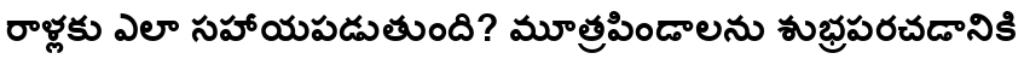
రాళ్లకు ఎలా సహాయపడుతుంది? మూత్రపిండాలను శుభ్రపరచడానికి